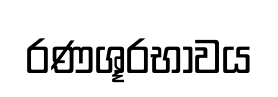
රණශූරභාවය